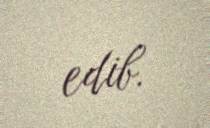
edib.